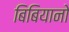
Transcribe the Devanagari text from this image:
बिबियानो